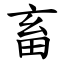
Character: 畜